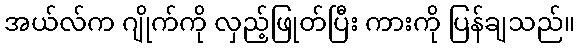
အယ်လ်က ဂျိုက်ကို လှည့်ဖြုတ်ပြီး ကားကို ပြန်ချသည်။